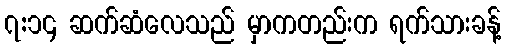
၇:၁၄ ဆက်ဆံလေသည် မှာကတည်းက ရက်သားခန့်